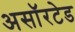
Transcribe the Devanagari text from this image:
असॉरटेड